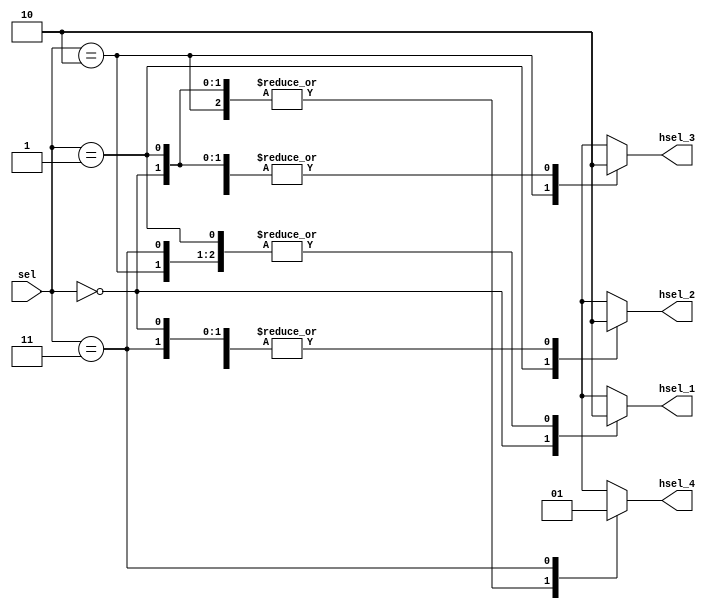
module decoder(
  input [1:0] sel,
  output reg hsel_1,hsel_2, hsel_3, hsel_4
  );

always@(*) begin
  case(sel)
    2'b00: begin
      hsel_1 = 1'b1;
      hsel_2 = 1'b0;
      hsel_3 = 1'b0;
      hsel_4 = 1'b0;
    end
    2'b01: begin
      hsel_1 = 1'b0;
      hsel_2 = 1'b1;
      hsel_3 = 1'b0;
      hsel_4 = 1'b0;
    end
    2'b10: begin
      hsel_1 = 1'b0;
      hsel_2 = 1'b0;
      hsel_3 = 1'b1;
      hsel_4 = 1'b0;
    end
    2'b11: begin
      hsel_1 = 1'b0;
      hsel_2 = 1'b0;
      hsel_3 = 1'b0;
      hsel_4 = 1'b1;
    end
    default: begin
      hsel_1 = 1'b0;
      hsel_2 = 1'b0;
      hsel_3 = 1'b0;
      hsel_4 = 1'b0;
    end
  endcase
end
endmodule